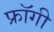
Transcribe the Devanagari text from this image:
फ्रॉगी